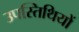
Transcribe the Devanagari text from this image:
उपस्तिथियों